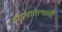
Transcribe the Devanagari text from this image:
वंशसातत्याची